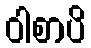
ဝါစာပိ